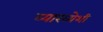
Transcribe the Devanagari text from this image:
व्याख्येशी